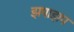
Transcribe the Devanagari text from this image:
झपाझप